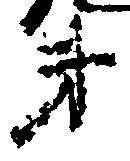
弟